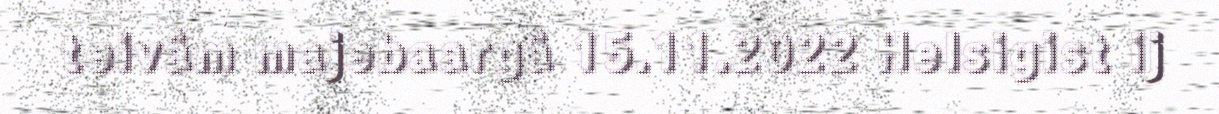
teivâm majebaargâ 15.11.2022 Helsigist ij